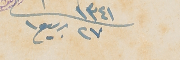
١٣٤١ ٢٧ ربيع ١